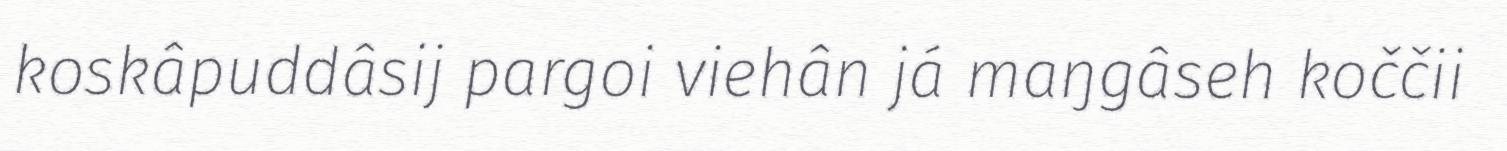
koskâpuddâsij pargoi viehân já maŋgâseh koččii